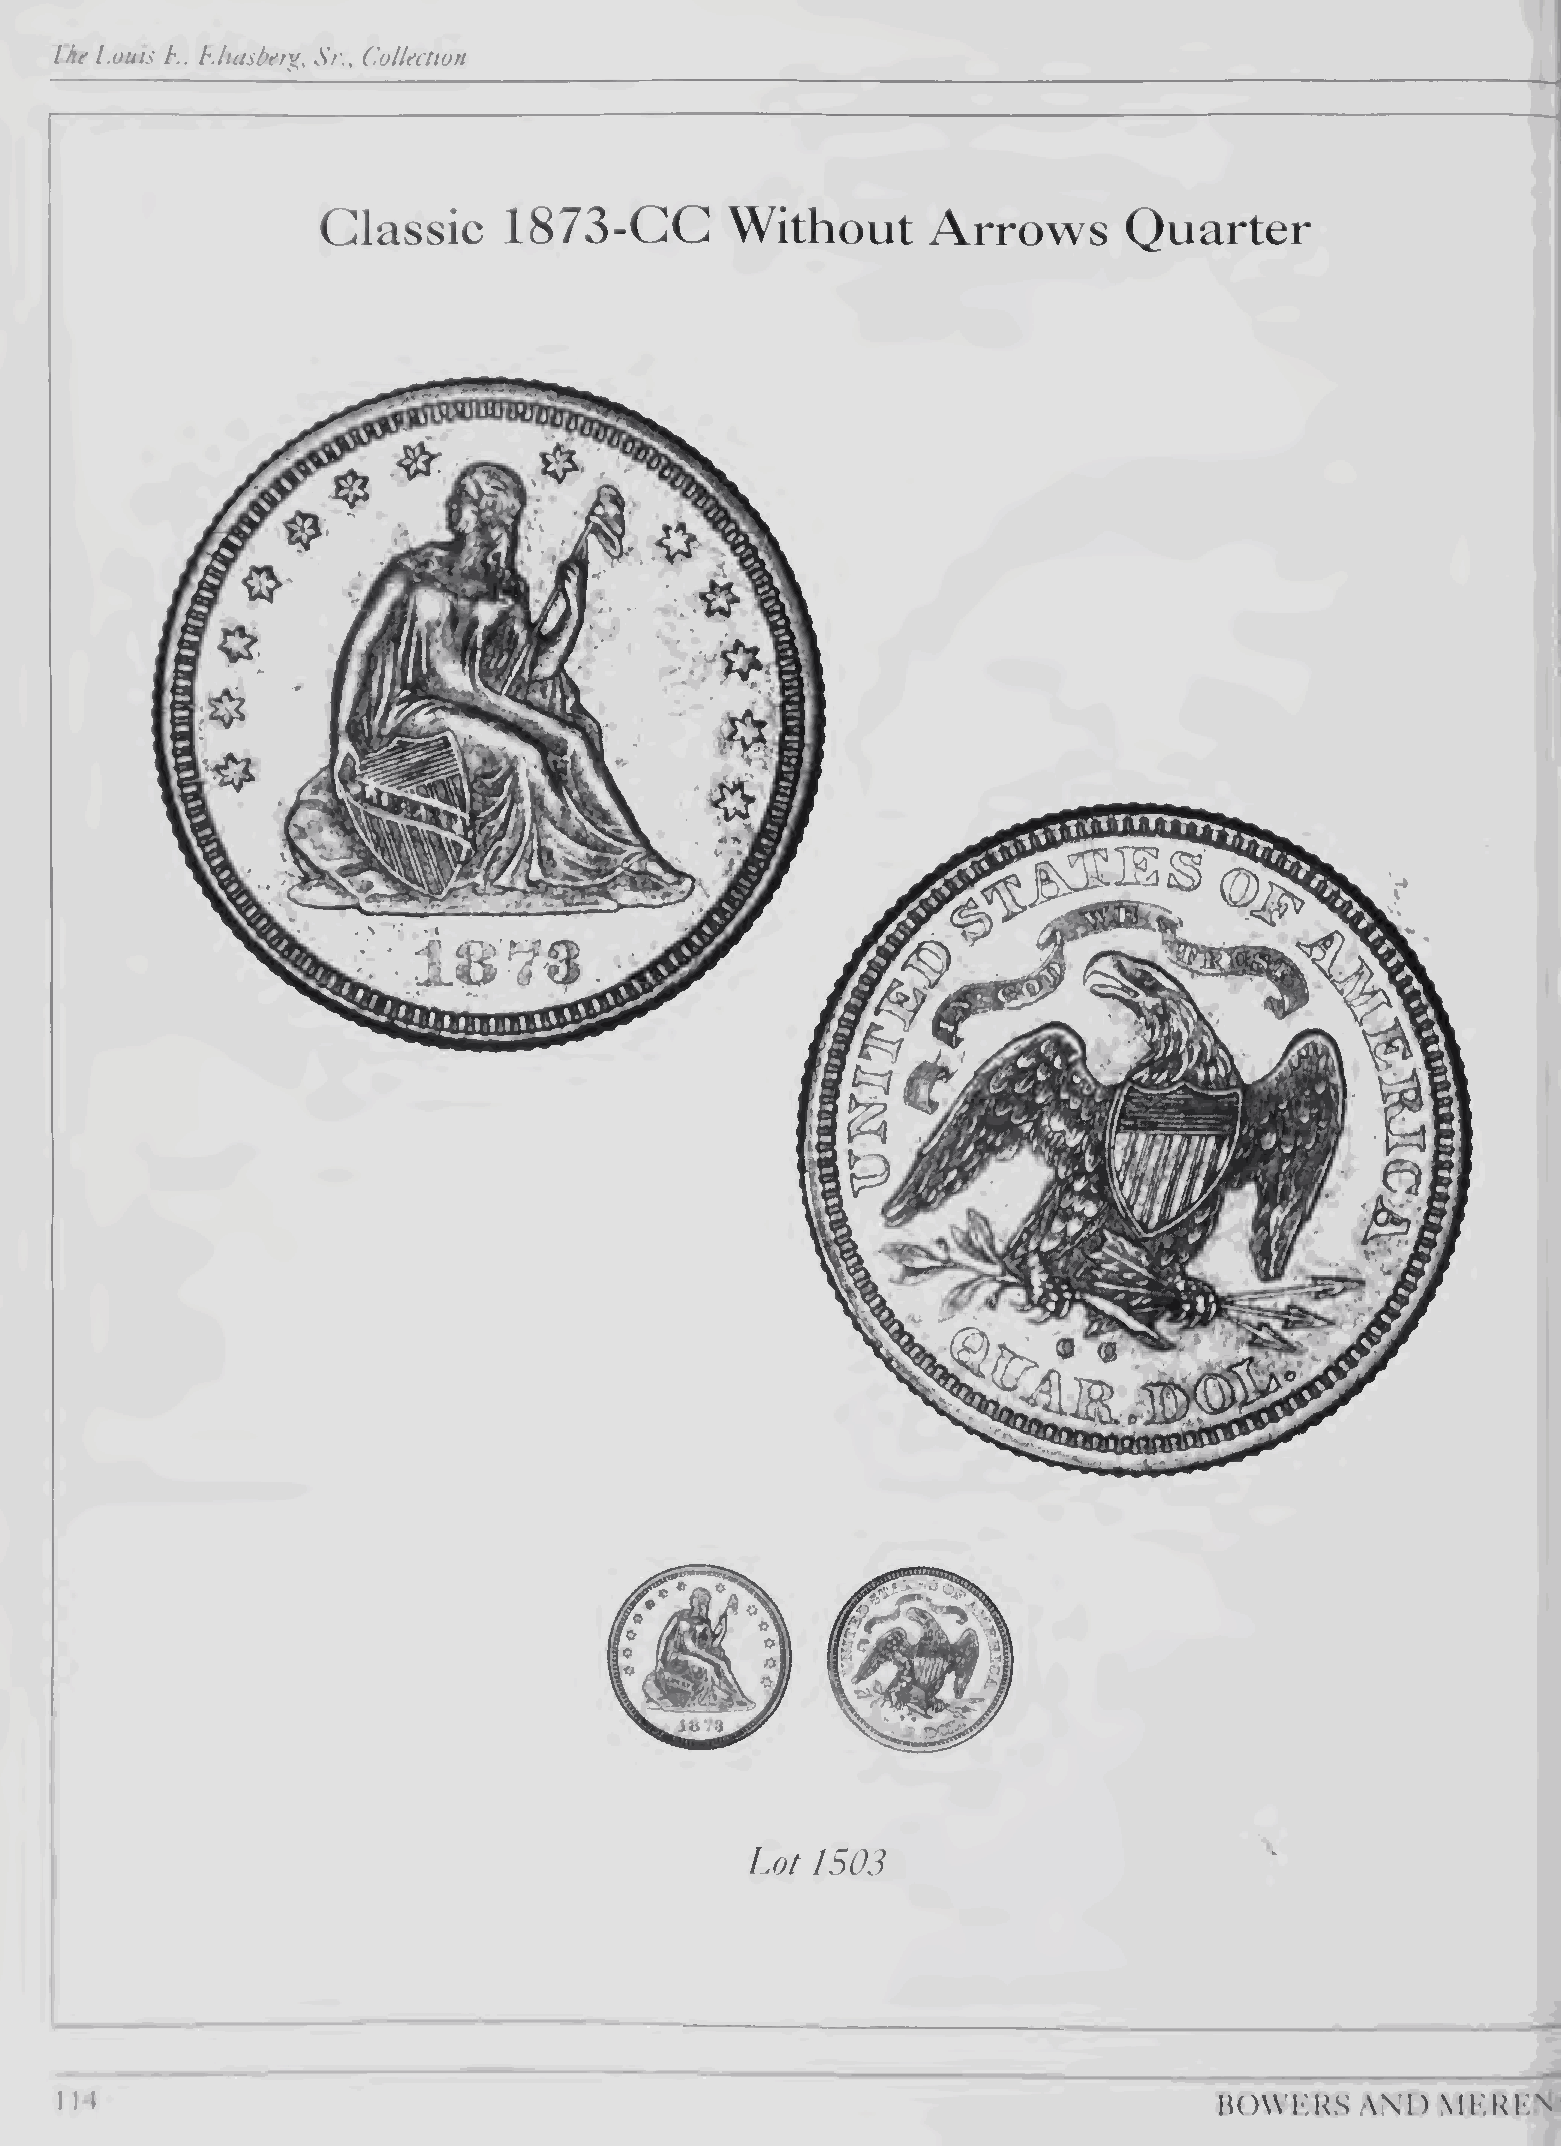
ihf l.ouis E. E/iasdfr}', Sr., Collection
 Classic     1873-CC        Without       Arrows       Quarter
 Lot 1503
 1 14                                                                         HOWKKS   AM)  MKKI'N’/